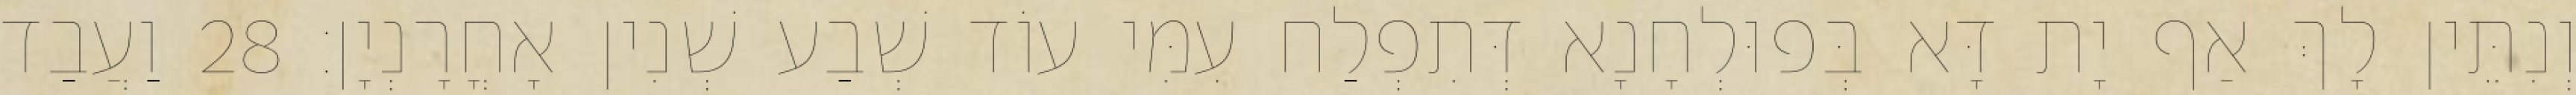
וְנִתֵּין לָךְ אַף יָת דָּא בְּפוּלְחָנָא דְּתִפְלַח עִמִּי עוֹד שְׁבַע שְׁנִין אָחֳרָנְיָן׃ 28 וַעֲבַד